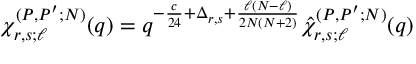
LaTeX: \chi _ { r , s ; \ell } ^ { ( P , P ^ { \prime } ; N ) } ( q ) = q ^ { - \frac { c } { 2 4 } + \Delta _ { r , s } + \frac { \ell ( N - \ell ) } { 2 N ( N + 2 ) } } \hat { \chi } _ { r , s ; \ell } ^ { ( P , P ^ { \prime } ; N ) } ( q )